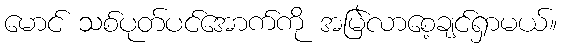
မောင် သစ်ပုတ်ပင်အောက်ကို အမြဲလာစေ့ချင်ရှာမယ်။